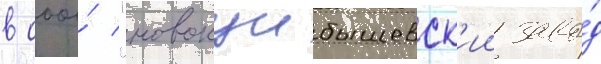
в ооо́ "новокуибышевск'ии заво́д